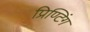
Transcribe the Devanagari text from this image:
प्रिण्टिंग